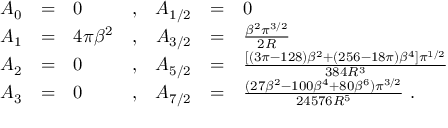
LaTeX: \begin{array} { l c l c c c l } { { A _ { 0 } } } & { { = } } & { { 0 } } & { { , } } & { { A _ { 1 / 2 } } } & { { = } } & { { 0 \nonumber } } \\ { { A _ { 1 } } } & { { = } } & { { 4 \pi \beta ^ { 2 } } } & { { , } } & { { A _ { 3 / 2 } } } & { { = } } & { { \frac { \beta ^ { 2 } \pi ^ { 3 / 2 } } { 2 R } \nonumber } } \\ { { A _ { 2 } } } & { { = } } & { { 0 } } & { { , } } & { { A _ { 5 / 2 } } } & { { = } } & { { \frac { [ ( 3 \pi - 1 2 8 ) \beta ^ { 2 } + ( 2 5 6 - 1 8 \pi ) \beta ^ { 4 } ] \pi ^ { 1 / 2 } } { 3 8 4 R ^ { 3 } } \nonumber } } \\ { { A _ { 3 } } } & { { = } } & { { 0 } } & { { , } } & { { A _ { 7 / 2 } } } & { { = } } & { { \frac { ( 2 7 \beta ^ { 2 } - 1 0 0 \beta ^ { 4 } + 8 0 \beta ^ { 6 } ) \pi ^ { 3 / 2 } } { 2 4 5 7 6 R ^ { 5 } } \nonumber \ . } } \end{array}